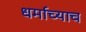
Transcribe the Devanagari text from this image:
धर्माच्याच